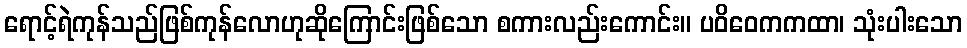
ရောင့်ရဲကုန်သည်ဖြစ်ကုန်လောဟုဆိုကြောင်းဖြစ်သော စကားလည်းကောင်း။ ပဝိဝေကကထာ၊ သုံးပါးသော